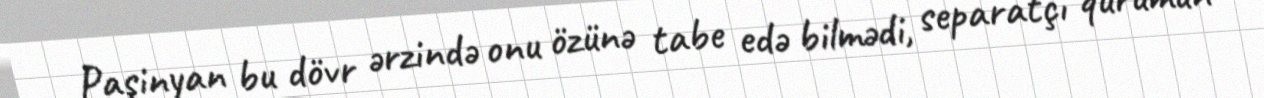
Paşinyan bu dövr ərzində onu özünə tabe edə bilmədi, separatçı qurumun